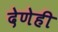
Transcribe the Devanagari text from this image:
देणेही